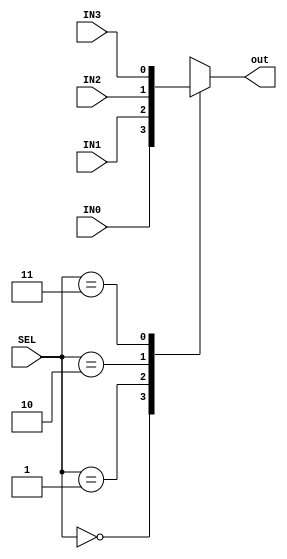
module  MUX
(
    input   wire    [1:0]   SEL,
    input   wire            IN0,
    input   wire            IN1,
    input   wire            IN2,
    input   wire            IN3,    
    output  reg             out
);

    always @(*)
        begin
            case(SEL)
                2'b00:  out =   IN0;
                2'b01:  out =   IN1;
                2'b10:  out =   IN2;
                2'b11:  out =   IN3;
            endcase
        end



endmodule